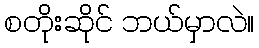
စတိုးဆိုင် ဘယ်မှာလဲ။